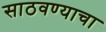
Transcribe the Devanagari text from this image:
साठवण्याचा